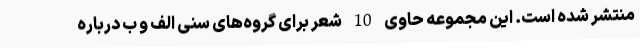
منتشر شده است. این مجموعه حاوی 10 شعر برای گروه‌های سنی الف و ب درباره